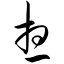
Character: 想